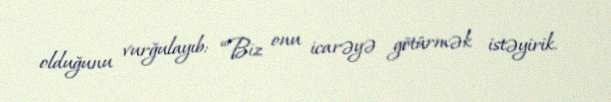
olduğunu vurğulayıb: “Biz onu icarəyə götürmək istəyirik.